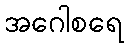
အဂေါစရေ